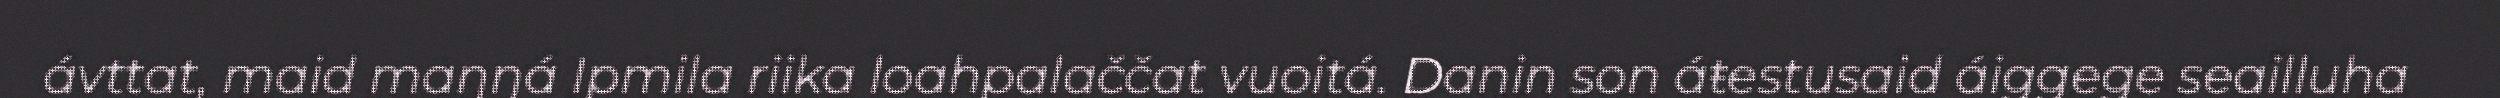
ávttat, maid maŋŋá Ipmila riika loahpalaččat vuoitá. Danin son áŧestusaid áiggege seailluha